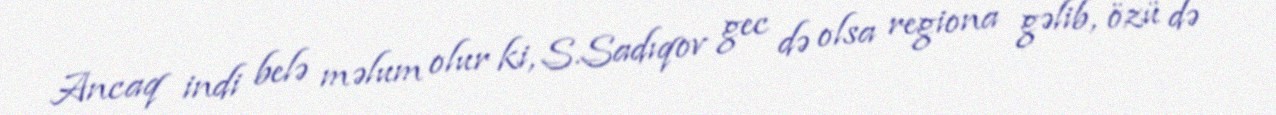
Ancaq indi belə məlum olur ki, S.Sadıqov gec də olsa regiona gəlib, özü də